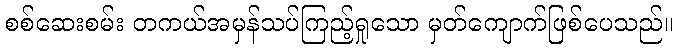
စစ်ဆေးစမ်း တကယ်အမှန်သပ်ကြည့်ရှုသော မှတ်ကျောက်ဖြစ်ပေသည်။